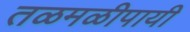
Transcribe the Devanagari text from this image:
तळमळीपायी